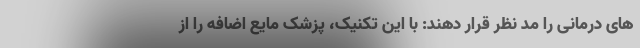
های درمانی را مد نظر قرار دهند: با این تکنیک، پزشک مایع اضافه را از